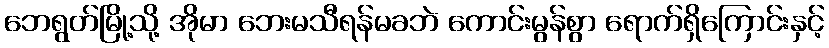
ဘေရွတ်မြို့သို့ အိုမာ ဘေးမသီရန်မခဘဲ ကောင်းမွန်စွာ ရောက်ရှိကြောင်းနှင့်